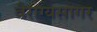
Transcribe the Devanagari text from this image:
वैराग्यसागर